Trukikaitis_Postimees, lk 29
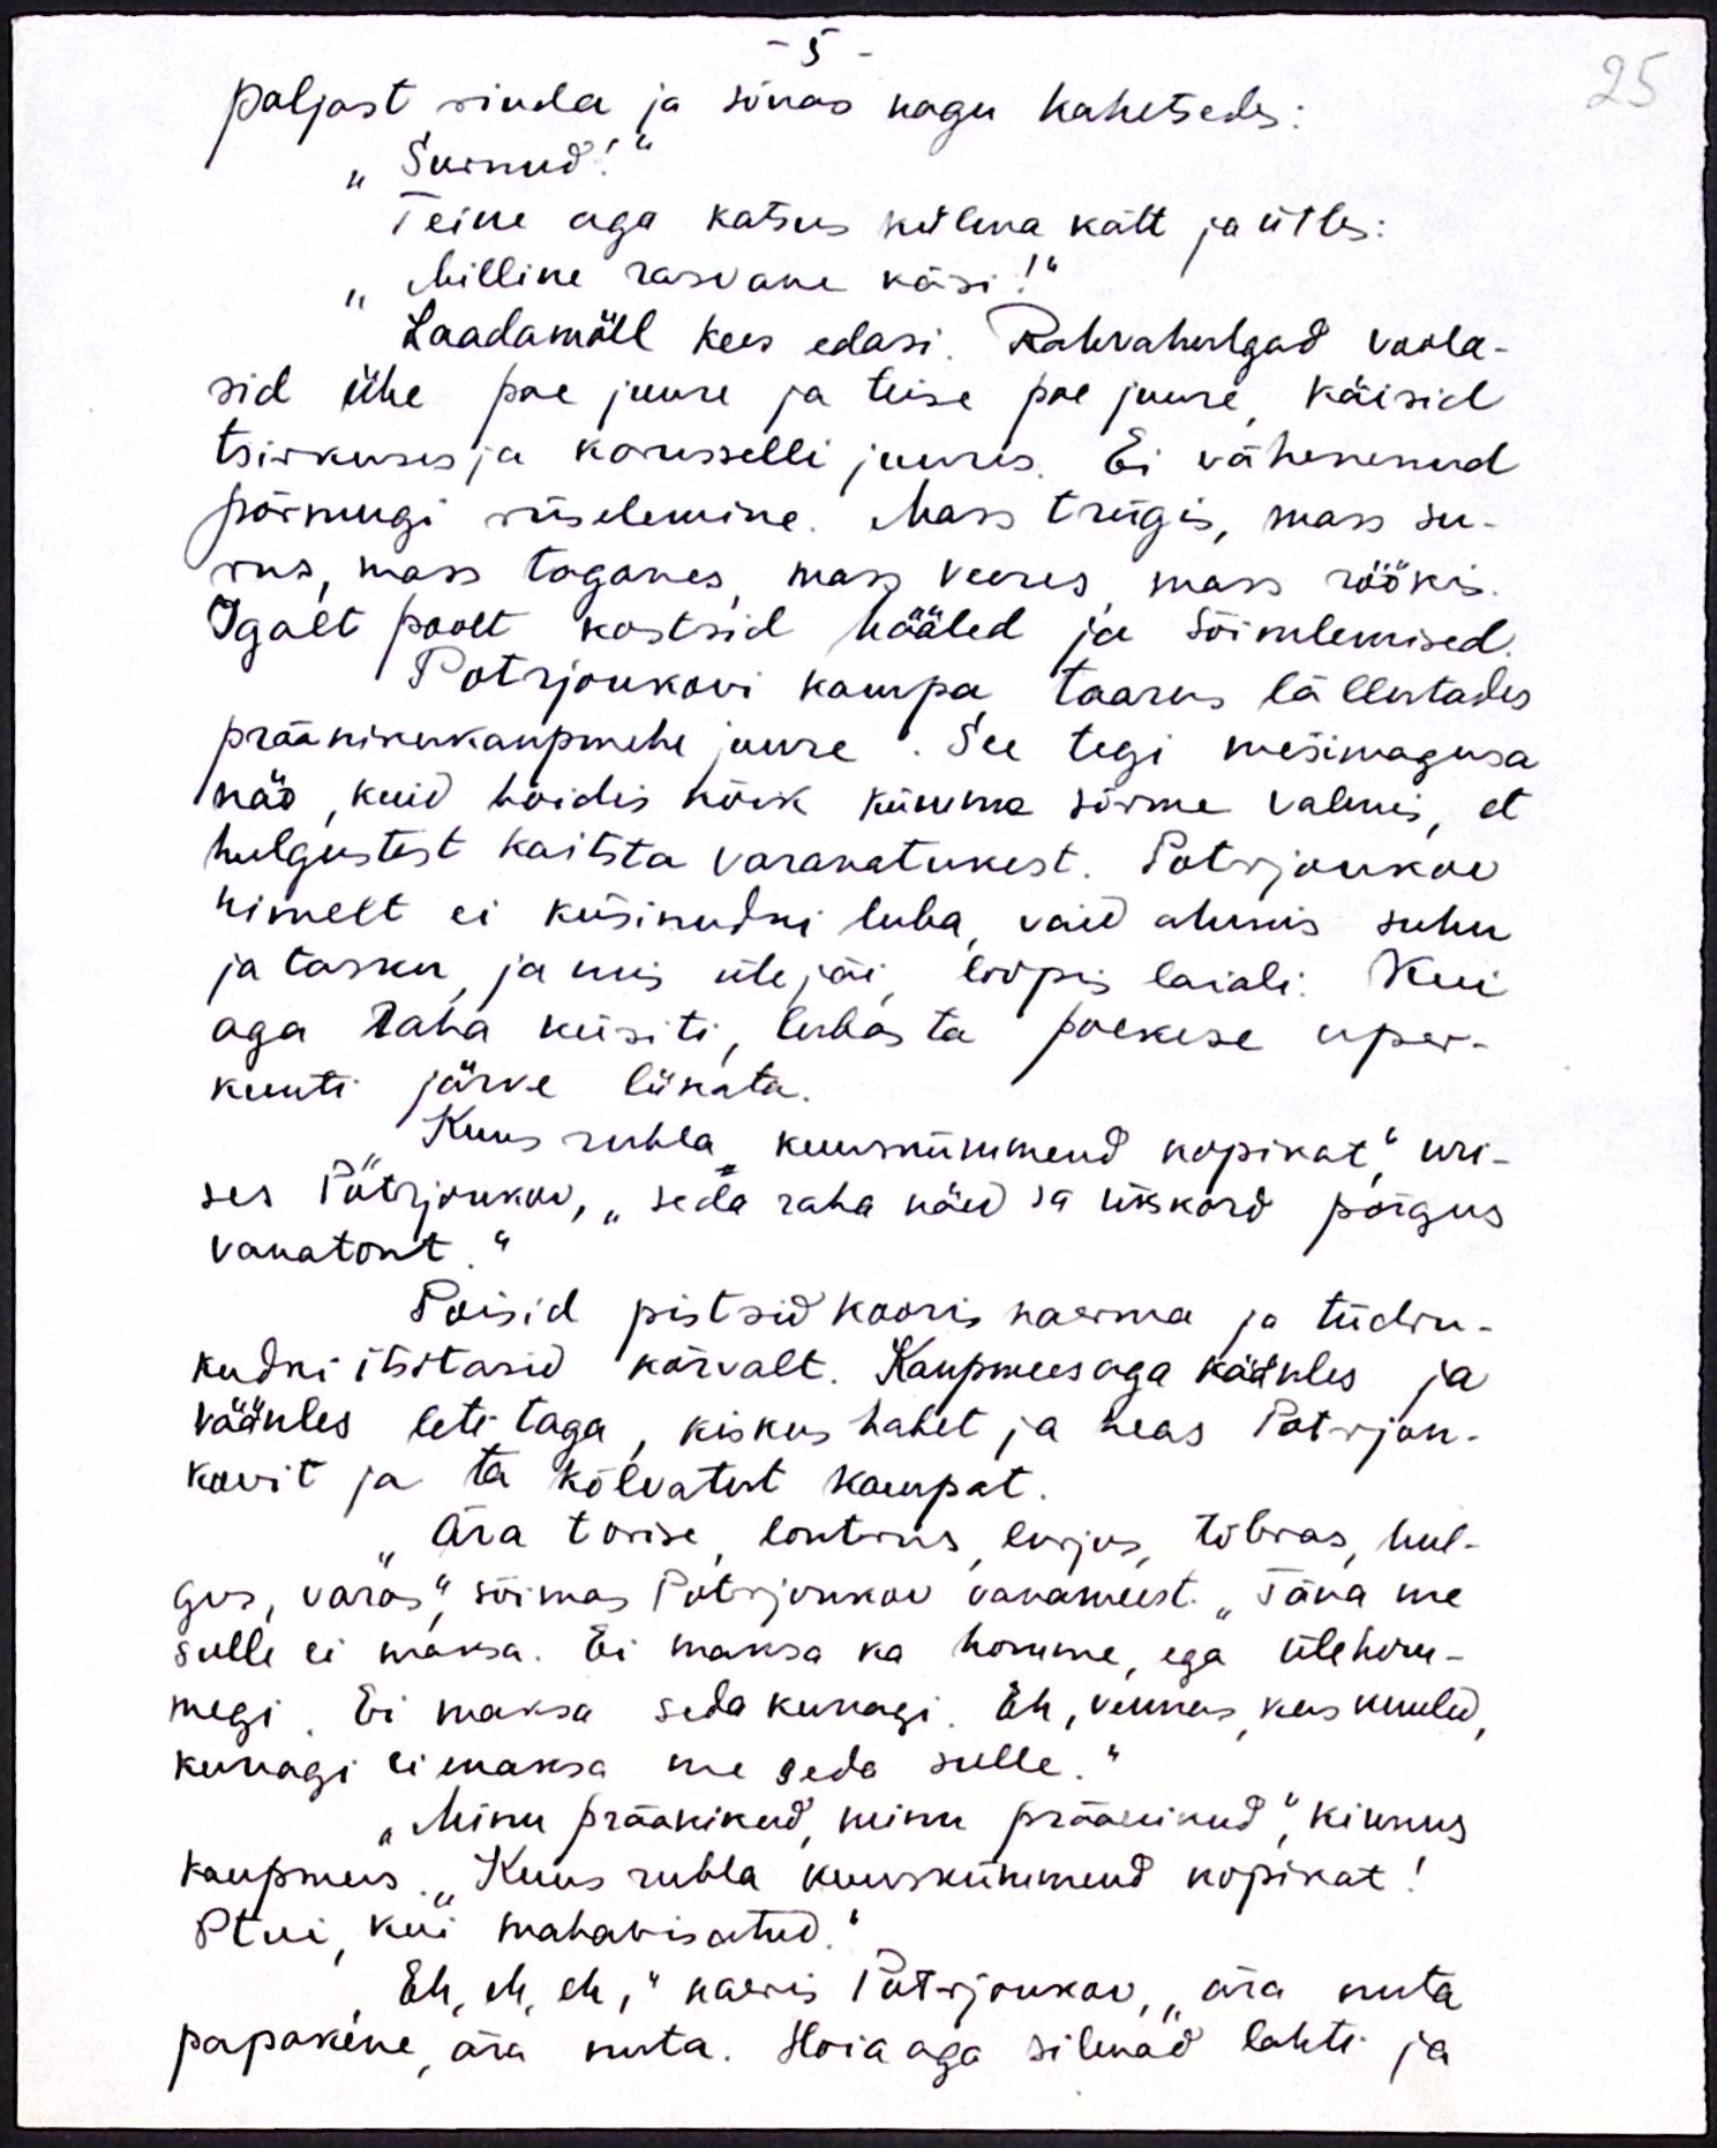
25

- 5
paljast rinda ja sõnas nagu kahetsedes:
"Surnud!"
Teine aga katsus külma kätt ja ütles:
"Milline rasvane käsi!“
Laadamöll kees edasi. Rahvahulgad voola-
sid ühe poe juure ja teise poe juure käisid
tsirkuses ja karusselli juures. Ei vähenenud
põrmugi rüselemine. Mass trügis, mass su-
rus, mass taganes, mass veeres mass röökis.
Igalt poolt kostsid hääled ja sõimlemised
Potrjonkovi kampa taarus lällutades
präänikukaupmehe juure. See tegi mesimagusa
näo, kuid hoidis kõik kümme sõrme valmis, et
hulgustest kaitsta varanatukest. Potrjonkov
nimelt ei küsinudni luba, vaid ahmis suhu
ja tasku, ja mis üle jäi, loopis laiali. Kui
aga raha küsiti, lubas ta poekese uper-
kuuti järve lükata.
Kuus rubla kuusnümmend kopikat" uri-
ses Potrjonkov, "seda raha näed sa ükskord põrgus
vanatont"
Poisid pistsid kooris naerma ja tüdru-
kudki itsitasid kõrvalt. Kaupmees aga käänles ja
väänles leti taga, kiskus habet ja neas Potrjon-
kovit ja ta kõlvatut kampat.
Ära torise lontrus lurjus, tõbras, hul-
gus, varas," sõimas Potrjonkov vanameest. "Täna me
sulle ei maksa. Ei maksa ka homme, ega ülehom-
megi. Ei maksa seda kunagi, Eh, vennas, kas kuuled,
kunagi ei maksa me seda sulle.
"Minu präänikud, minu präänikud", kiunus
kaupmees. "Kuus rubla kuuskümmend kopikat!
Ptui, kui mahavisatud."
"Eh, eh, eh," naeris Potrjonkov, "ära nuta
papakene, ära nuta. Hoia aga silmad lahti ja